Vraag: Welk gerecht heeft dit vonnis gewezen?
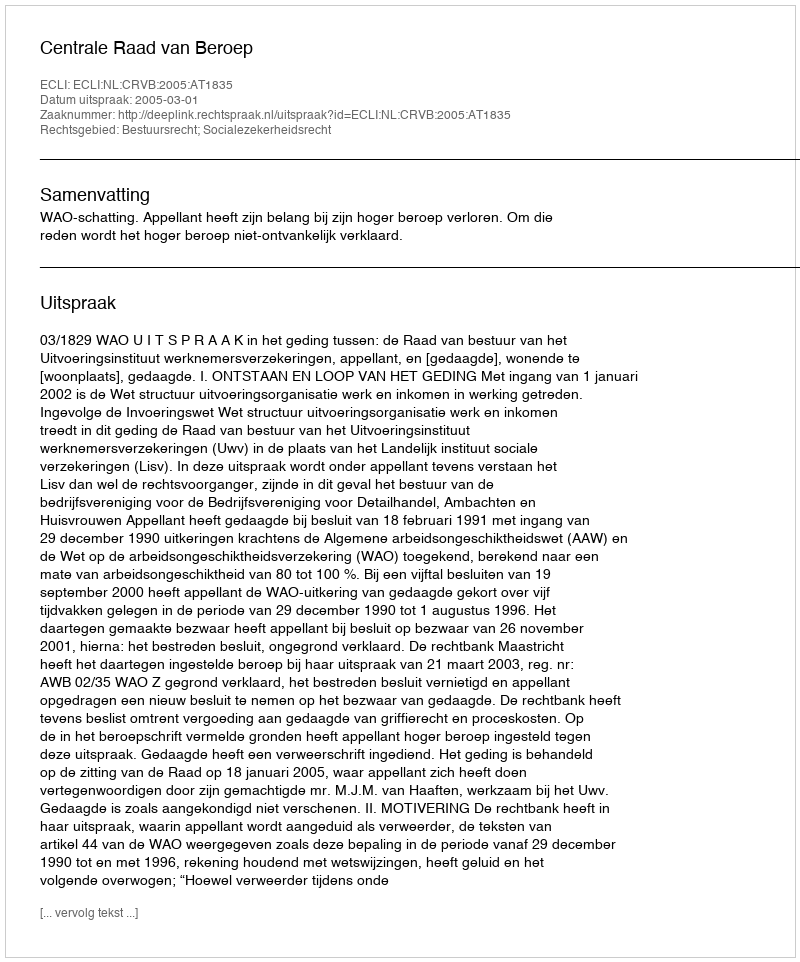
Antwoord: Centrale Raad van Beroep